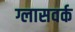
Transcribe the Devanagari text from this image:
ग्लासवर्क